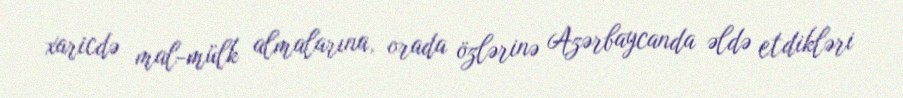
xaricdə mal-mülk almalarına, orada özlərinə Azərbaycanda əldə etdikləri